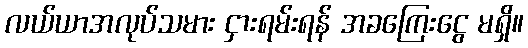
လယ်ယာအလုပ်သမား ငှားရမ်းရန် အခကြေးငွေ မရှိ။